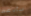
سأدعه